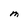
Character: M